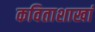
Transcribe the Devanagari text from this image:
कविताशाखां